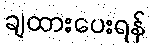
ချထားပေးရန်